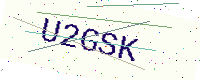
Text: U2GSK